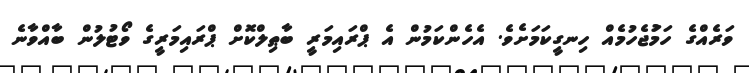
ވަރެއްގެ ހަމަުޖެހުމެއް ހިނގީކަމަށެވެ. އެހެންކަމުން އެ ޕްރައިމަރީ ބާޠިލްކޮށް ޕްރައިމަރީގެ ވޯޓުލުން ބާއްވާނެ